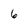
Character: 6